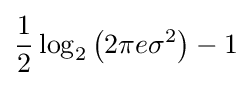
{\frac {1}{2}}\log _{2}\left(2\pi e\sigma ^{2}\right)-1